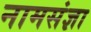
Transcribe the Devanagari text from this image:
नामसंज्ञा